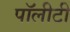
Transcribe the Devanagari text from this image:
पॉलीटी